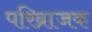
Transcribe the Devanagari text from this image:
परिब्राजक